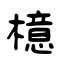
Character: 檍